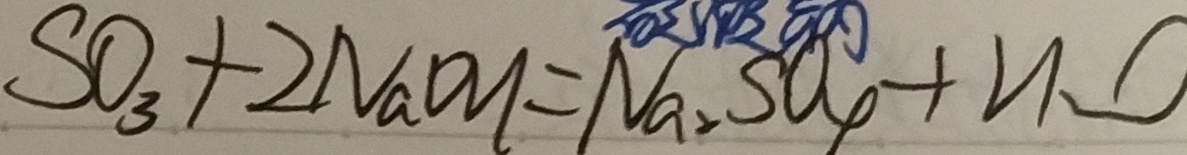
S O _ { 3 } + 2 N a O H = N a _ { 2 } S O _ { 4 } + H O